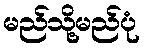
မည်သို့မည်ပုံ